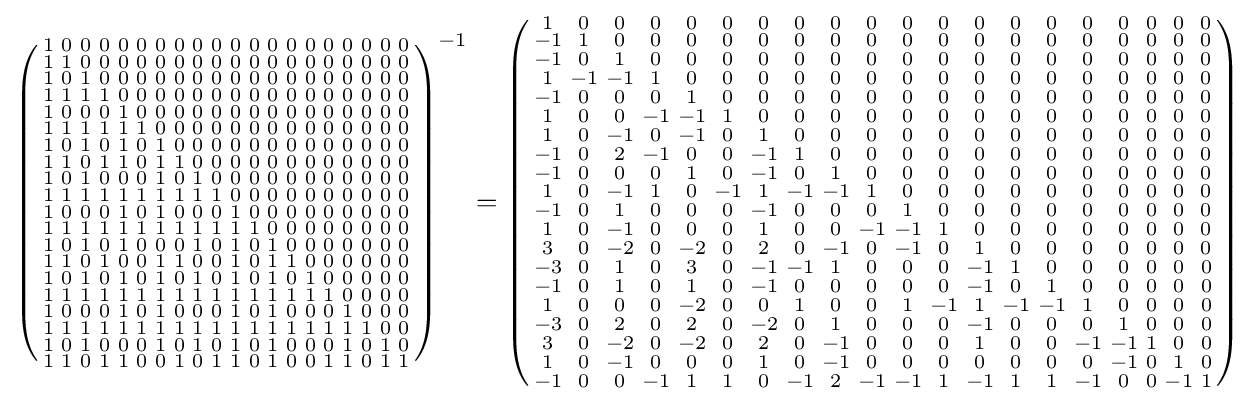
\left({\begin{smallmatrix}1&0&0&0&0&0&0&0&0&0&0&0&0&0&0&0&0&0&0&0\\1&1&0&0&0&0&0&0&0&0&0&0&0&0&0&0&0&0&0&0\\1&0&1&0&0&0&0&0&0&0&0&0&0&0&0&0&0&0&0&0\\1&1&1&1&0&0&0&0&0&0&0&0&0&0&0&0&0&0&0&0\\1&0&0&0&1&0&0&0&0&0&0&0&0&0&0&0&0&0&0&0\\1&1&1&1&1&1&0&0&0&0&0&0&0&0&0&0&0&0&0&0\\1&0&1&0&1&0&1&0&0&0&0&0&0&0&0&0&0&0&0&0\\1&1&0&1&1&0&1&1&0&0&0&0&0&0&0&0&0&0&0&0\\1&0&1&0&0&0&1&0&1&0&0&0&0&0&0&0&0&0&0&0\\1&1&1&1&1&1&1&1&1&1&0&0&0&0&0&0&0&0&0&0\\1&0&0&0&1&0&1&0&0&0&1&0&0&0&0&0&0&0&0&0\\1&1&1&1&1&1&1&1&1&1&1&1&0&0&0&0&0&0&0&0\\1&0&1&0&1&0&0&0&1&0&1&0&1&0&0&0&0&0&0&0\\1&1&0&1&0&0&1&1&0&0&1&0&1&1&0&0&0&0&0&0\\1&0&1&0&1&0&1&0&1&0&1&0&1&0&1&0&0&0&0&0\\1&1&1&1&1&1&1&1&1&1&1&1&1&1&1&1&0&0&0&0\\1&0&0&0&1&0&1&0&0&0&1&0&1&0&0&0&1&0&0&0\\1&1&1&1&1&1&1&1&1&1&1&1&1&1&1&1&1&1&0&0\\1&0&1&0&0&0&1&0&1&0&1&0&1&0&0&0&1&0&1&0\\1&1&0&1&1&0&0&1&0&1&1&0&1&0&0&1&1&0&1&1\\\end{smallmatrix}}\right)^{-1}=\left({\begin{smallmatrix}1&0&0&0&0&0&0&0&0&0&0&0&0&0&0&0&0&0&0&0\\-1&1&0&0&0&0&0&0&0&0&0&0&0&0&0&0&0&0&0&0\\-1&0&1&0&0&0&0&0&0&0&0&0&0&0&0&0&0&0&0&0\\1&-1&-1&1&0&0&0&0&0&0&0&0&0&0&0&0&0&0&0&0\\-1&0&0&0&1&0&0&0&0&0&0&0&0&0&0&0&0&0&0&0\\1&0&0&-1&-1&1&0&0&0&0&0&0&0&0&0&0&0&0&0&0\\1&0&-1&0&-1&0&1&0&0&0&0&0&0&0&0&0&0&0&0&0\\-1&0&2&-1&0&0&-1&1&0&0&0&0&0&0&0&0&0&0&0&0\\-1&0&0&0&1&0&-1&0&1&0&0&0&0&0&0&0&0&0&0&0\\1&0&-1&1&0&-1&1&-1&-1&1&0&0&0&0&0&0&0&0&0&0\\-1&0&1&0&0&0&-1&0&0&0&1&0&0&0&0&0&0&0&0&0\\1&0&-1&0&0&0&1&0&0&-1&-1&1&0&0&0&0&0&0&0&0\\3&0&-2&0&-2&0&2&0&-1&0&-1&0&1&0&0&0&0&0&0&0\\-3&0&1&0&3&0&-1&-1&1&0&0&0&-1&1&0&0&0&0&0&0\\-1&0&1&0&1&0&-1&0&0&0&0&0&-1&0&1&0&0&0&0&0\\1&0&0&0&-2&0&0&1&0&0&1&-1&1&-1&-1&1&0&0&0&0\\-3&0&2&0&2&0&-2&0&1&0&0&0&-1&0&0&0&1&0&0&0\\3&0&-2&0&-2&0&2&0&-1&0&0&0&1&0&0&-1&-1&1&0&0\\1&0&-1&0&0&0&1&0&-1&0&0&0&0&0&0&0&-1&0&1&0\\-1&0&0&-1&1&1&0&-1&2&-1&-1&1&-1&1&1&-1&0&0&-1&1\\\end{smallmatrix}}\right)